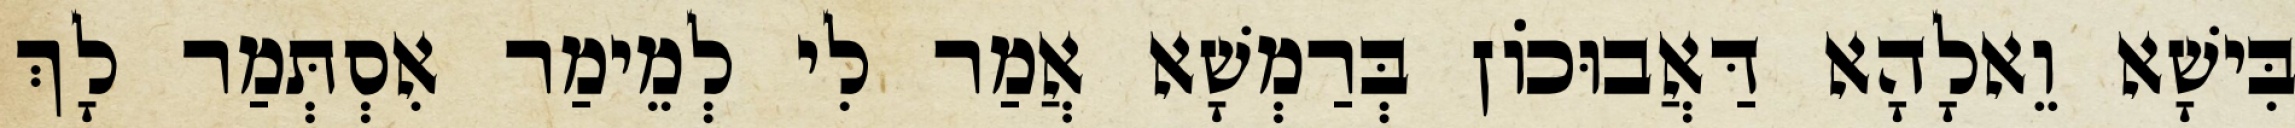
בִּישָׁא וֵאלָהָא דַּאֲבוּכוֹן בְּרַמְשָׁא אֲמַר לִי לְמֵימַר אִסְתְּמַר לָךְ